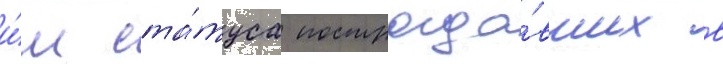
и́м ста́туса пострада́вших в